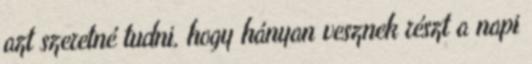
azt szeretné tudni, hogy hányan vesznek részt a napi